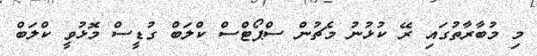
މި މުބާރާތުގައި ރޭ ކުޅުނު މެޗުން ސްޕޯޓްސް ކްލަބް ގުޑީސް މޮޅުވީ ކްލަބް